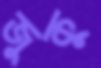
জুকু